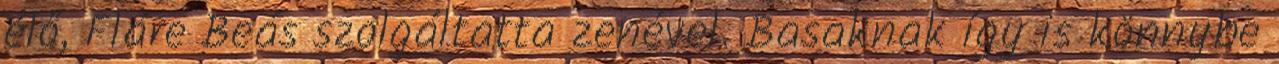
élő, Fláre Beás szolgáltatta zenével. Basaknak így is könnybe